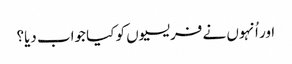
‏ اور اُنہوں نے فریسیوں کو کیا جواب دیا؟